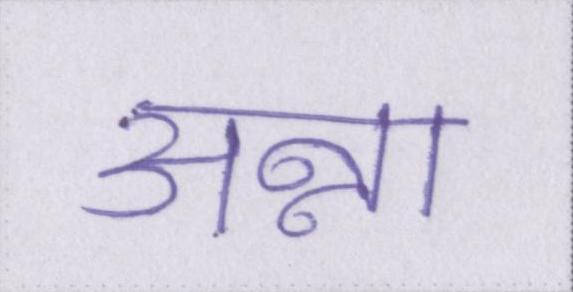
अन्ना